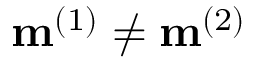
\mathbf { m } ^ { ( 1 ) } \neq \mathbf { m } ^ { ( 2 ) }